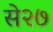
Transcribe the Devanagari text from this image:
से२७